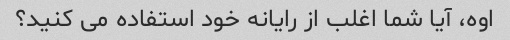
اوه، آیا شما اغلب از رایانه خود استفاده می کنید؟